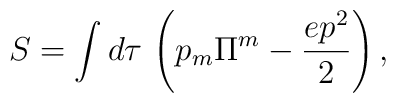
S=\int d\tau\, \left(p_m\Pi^m-\frac{ep^2}{2}\right),